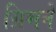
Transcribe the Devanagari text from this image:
ग्रिमने